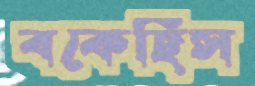
বকেছিস